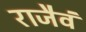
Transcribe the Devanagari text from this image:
राजैवं